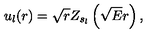
u _ { l } ( r ) = \sqrt { r } Z _ { s _ { l } } \left( \sqrt { E } r \right) ,